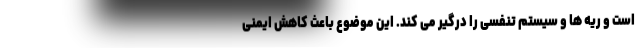
است و ریه ها و سیستم تنفسی را درگیر می کند. این موضوع باعث کاهش ایمنی